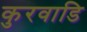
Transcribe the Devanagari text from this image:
कुरवाडि